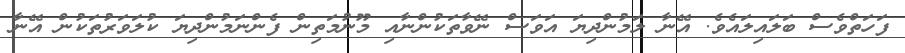
ފަހަތްވެސް ބަލައިލައެވެ. އޭނާ ލަމުންދިޔަ އަވަސް ނޭވާތަކުންނާއި މޫނުމަތިން ފެންނަމުންދިޔަ ކުލަވަރުތަކުން އޭނާ